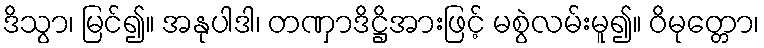
ဒိသွာ၊ မြင်၍။ အနုပါဒါ၊ တဏှာဒိဋ္ဌိအားဖြင့် မစွဲလမ်းမူ၍။ ဝိမုတ္တော၊